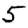
Digit: 5